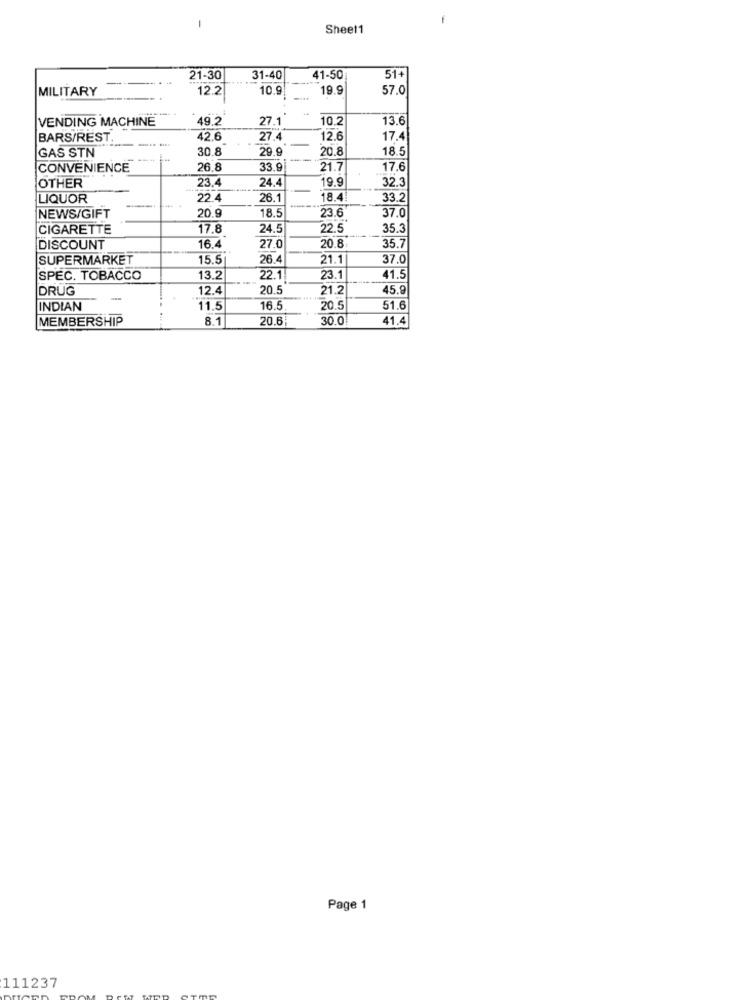
-
-
Sheet1
21-30
31-40
41-50
51-
MILITARY
12.2
10.9
19.9
57.0
VENDING MACHINE
49.2
27.1
10.2
13.6
BARS/REST.
42.6
27.
12.6
17.4
GAS STN
30.8
29.9
20.8
18.5
CONVENIENCE
26.8
33.9
21.7
17.6
OTHER
23.4
19.9
32.3
24.4
LIQUOR
22.4
26.1
18.4
33.2
20.9
18.5
23.6
37.0
NEWS/GIFT
CIGARETTE
17.8
24.5
22.5
35.
20.8
35.
DISCOUNT
16.4
27.0
SUPERMARKET
15.5
26.4
21.1
37.0
SPEC. TOBACCO
13.2
22.1
23.
41.5
DRUG
12.4
20.5
21.2
15.9
-
INDIAN
11.5
16.5
20.
51.6
MEMBERSHIP
8.1
20.6
30.0
41.4
Page 1
111237